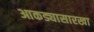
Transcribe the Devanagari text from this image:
आकड्यासारखा